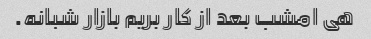
هی امشب بعد از کار بریم بازار شبانه.